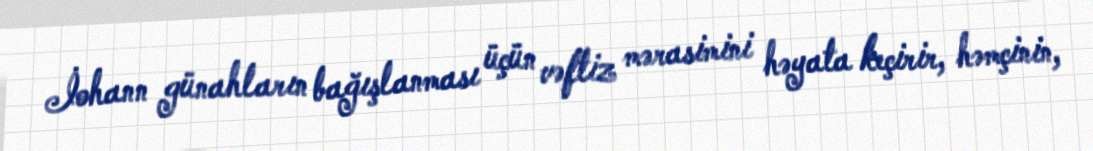
İohann günahların bağışlanması üçün vəftiz mərasimini həyata keçirir, həmçinin,